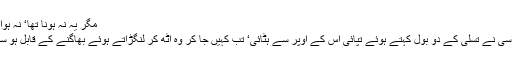
مگر یہ نہ ہونا تھا‘ نہ ہوا….
الٹا اسی نے تسلی کے دو بول کہتے ہوئے تپائی اس کے اوپر سے ہٹائی‘ تب کہیں جا کر وہ اٹھ کر لنگڑاتے ہوئے بھاگنے کے قابل ہو سکی۔